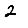
Digit: 2